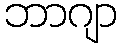
ဘာဂျာ